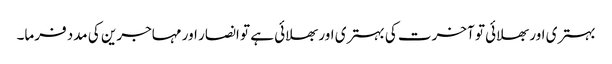
بہتری اور بھلائی تو آخرت کی بہتری اور بھلائی ہے تو انصار اور مہاجرین کی مدد فرما۔